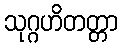
သုဂ္ဂဟိတတ္တာ